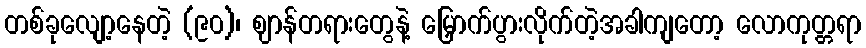
တစ်ခုလျော့နေတဲ့ (၉၀)၊ ဈာန်တရားတွေနဲ့ မြှောက်ပွားလိုက်တဲ့အခါကျတော့ လောကုတ္တရာ